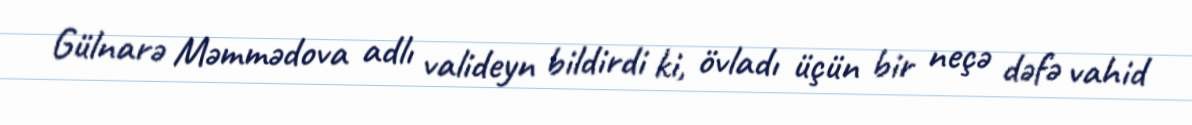
Gülnarə Məmmədova adlı valideyn bildirdi ki, övladı üçün bir neçə dəfə vahid